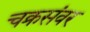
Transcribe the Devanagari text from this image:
चक्रसंवर